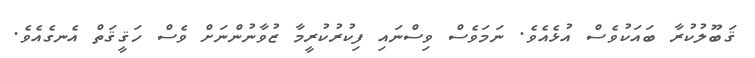
ޤަބޫލުކުރާ ބައަކުވެސް އުޅެއެވެ. ނަމަވެސް ވިސްނައި ފިކުރުކުރީމާ ޒުވާނުންނަށް ވެސް ހަޤީޤަތް އެނގެއެވެ.